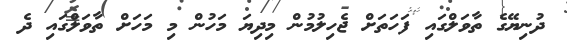
ދުނިޔޭގެ ތާވަލްގައި ފަހަތަށް ޖެހިލުމުން މިދިޔަ މަހުން މި މަހަށް ތާވަލްގައި ދެ